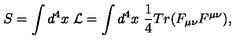
S = \int d ^ { 4 } x \ { \cal L } = \int d ^ { 4 } x \ { \frac { 1 } { 4 } } T r ( F _ { \mu \nu } F ^ { \mu \nu } ) ,